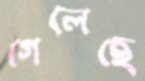
গেলেছে